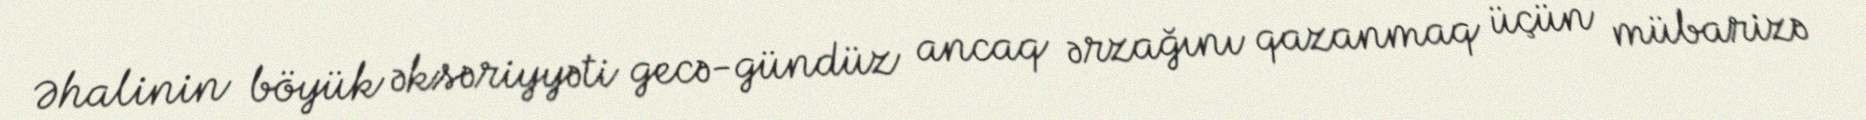
Əhalinin böyük əksəriyyəti gecə-gündüz ancaq ərzağını qazanmaq üçün mübarizə